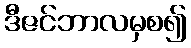
ဒီဇင်ဘာလမှစ၍